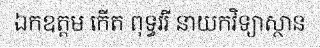
ឯកឧត្តម កើត ពុទ្ធវរី នាយកវិទ្យាស្ថាន